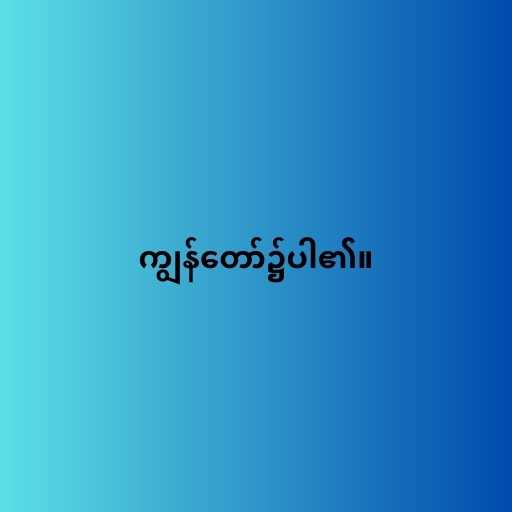
ကျွန်တော်၌ပါ၏။